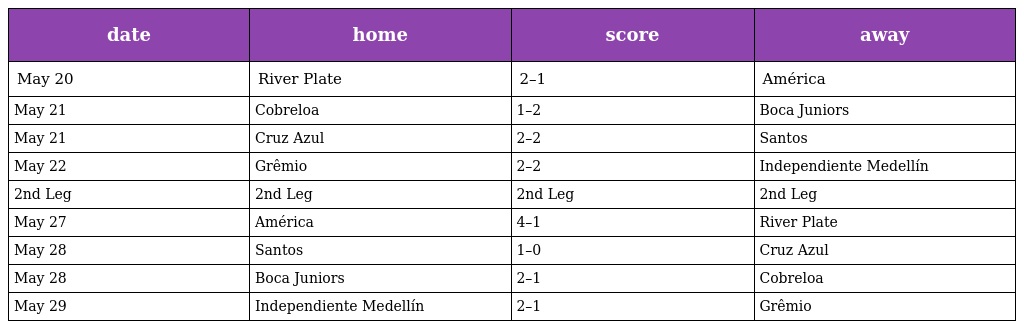
| date | home | score | away |
 | --- | --- | --- | --- |
 | May 20 | River Plate | 2–1 | América |
 | May 21 | Cobreloa | 1–2 | Boca Juniors |
 | May 21 | Cruz Azul | 2–2 | Santos |
 | May 22 | Grêmio | 2–2 | Independiente Medellín |
 | 2nd Leg | 2nd Leg | 2nd Leg | 2nd Leg |
 | May 27 | América | 4–1 | River Plate |
 | May 28 | Santos | 1–0 | Cruz Azul |
 | May 28 | Boca Juniors | 2–1 | Cobreloa |
 | May 29 | Independiente Medellín | 2–1 | Grêmio |